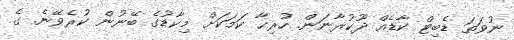
ނުވަތަ ޑެބިޓް ކާޑެއް ދޫކުރާނަން. ހުރިހާ ކަމަކަށް މިކާޑުގެ ބޭނުން ކުރެވޭނެ. ގެ